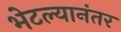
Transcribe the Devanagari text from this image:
भेटल्यानंतर